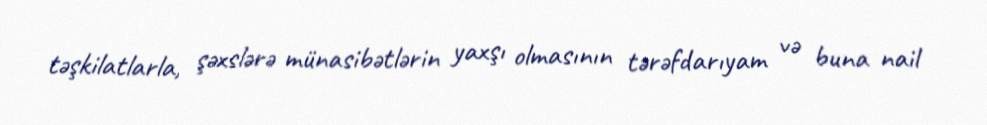
təşkilatlarla, şəxslərə münasibətlərin yaxşı olmasının tərəfdarıyam və buna nail